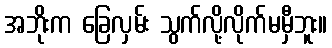
အဘိုးက ခြေလှမ်း သွက်လို့လိုက်မမှီဘူး။